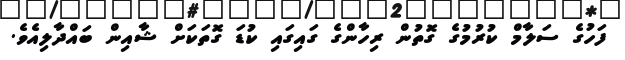
ފަހުގެ ސަލާމް ކުރުމުގެ ގޮތުން ރިހާންގެ ގައިގައި ކުޑަ ގޮތަކަށް ޝާއިން ބައްދާލިއެވެ.